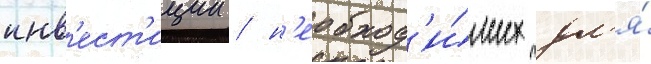
инв'ест'иции / н'еобход'и́мых дл'я́